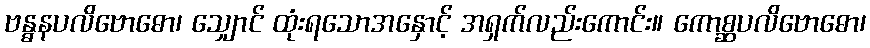
ဗန္ဓနပလိဗောဓော၊ သျှောင် ထုံးရသောအနှောင့် အရှက်လည်းကောင်း။ ကောစ္ဆပလိဗောဓော၊